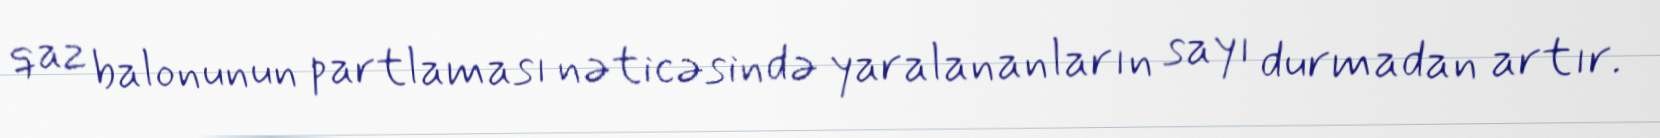
qaz balonunun partlaması nəticəsində yaralananların sayı durmadan artır.